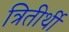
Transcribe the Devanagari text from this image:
त्रितीर्थी